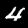
Label: 4